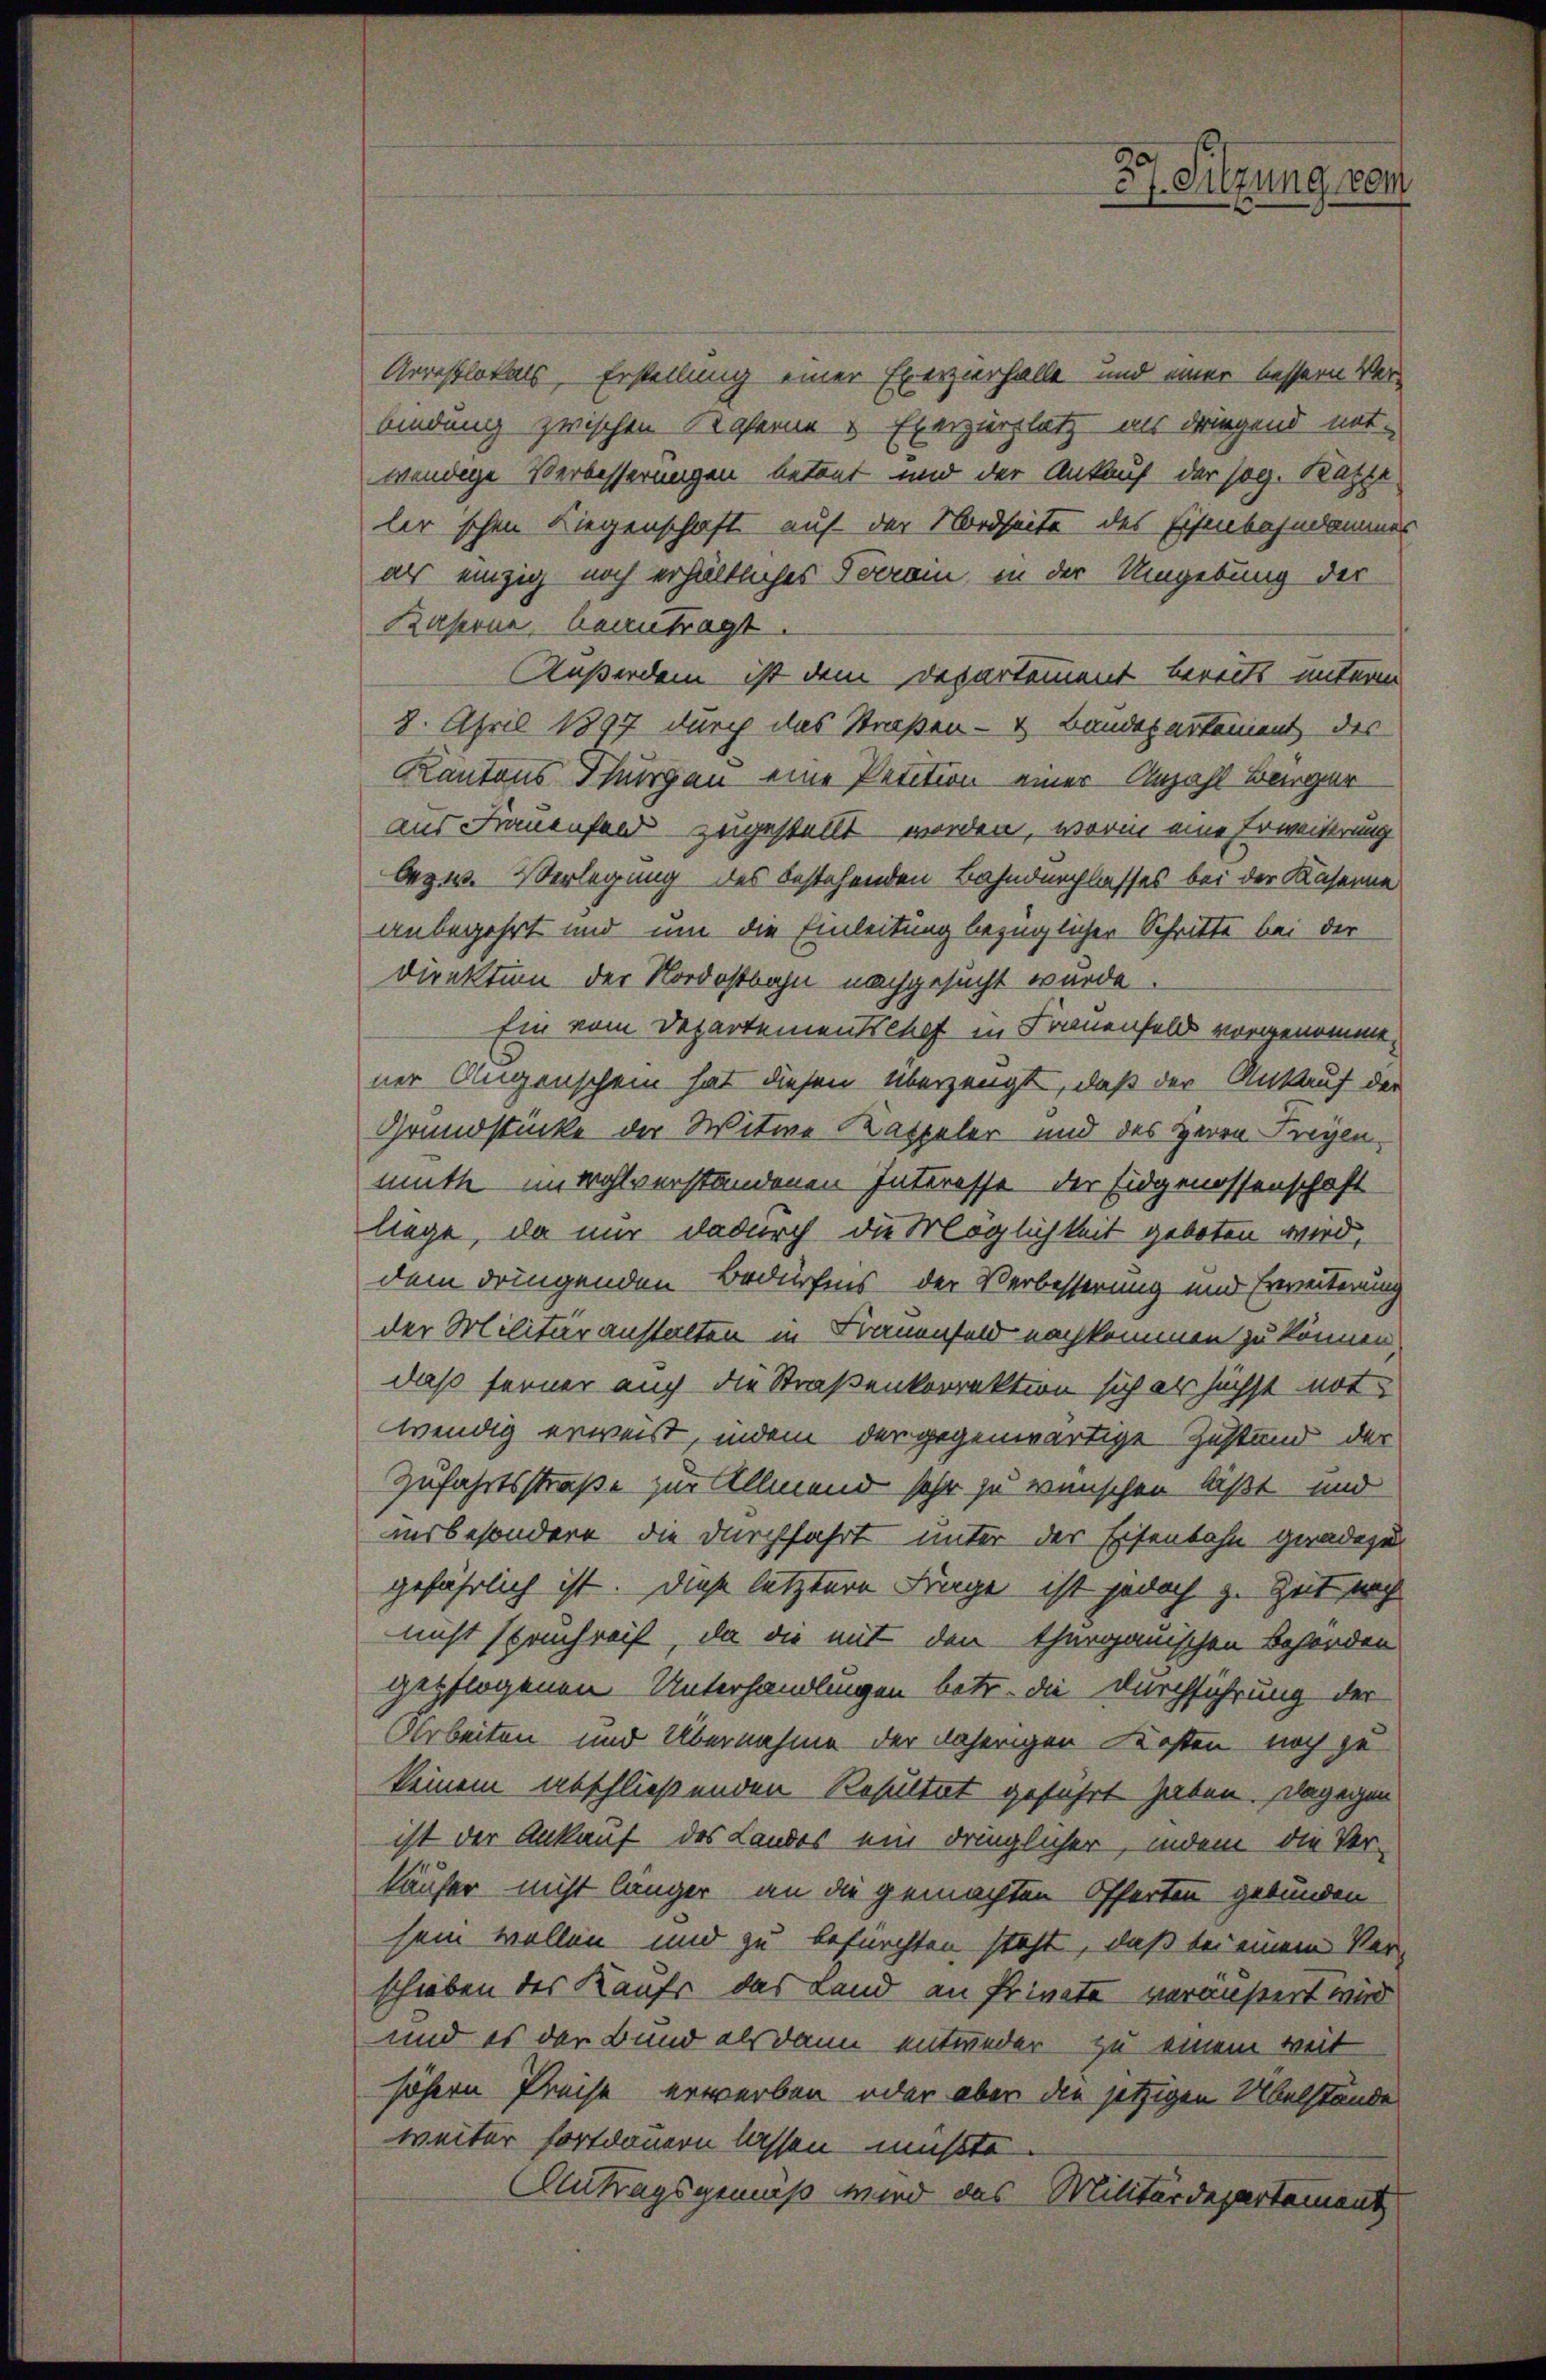
Arrestlokals Erstellung einer Exerzierhalle und einer bessern Verbindung zwischen Kaserne & Exerzirplatz als dringend not-
wendige Verbesserungen betont und der Ankauf der sog. Katze
lir schon Liegenschaft auf der Nordseite des Eisenbahndammer
als einzig noch erhältliches Terrain, in der Umgebung der
Kaserne beantragt.
Außerdem ist dem Departement bereits unterm
8. April 1897 durch das Straßen- & Bandesartement des
Kantons Thurgau eine Petition einer Anzahl Berger
aus Frauenfeld zugestellt werden, worin eine Erweiterung
bezw. Verlegung des bestehenden Bahndurchlasses bei der Kaserne
anbegehrt und um die Einleitung bezüglicher Schritte bei der
Direktion der Nordostbahn nachgesucht wurde.
Ein vom Departementschaft in Frauenfeld vorgenomme
ner Augenschein hat diesen Überzeugt, daß der Ankauf der
Grundstücke der Witwe Kappeler und des Herrn Freyen,
muth im wohlverstandenen Interesse der Eidgenossenschaft
liege, da nur dadurch die Möglichkeit geboten wird,
dem dringenden Bedürfnis der Verbesserung und Erweiterung
der Militäranstalten in Frauenfeld nachkommen zu können,
daß ferner auch die Straßenkorrektion sich als höchst not
wendig erweist, indem der gegenwärtige Zustand der
Zufahrtsstraße zur Allmend sehr zu wünschen läßt und
insbesondere die durchfahrt unter der Eisenbahn geradezu
gefährlich ist. Diese letztere Frage ist jedoch z. Zeit noch
nicht spruchreit, da die mit den thurgauischen Behörden
gepflogenen Unterhandlungen betr. die Durchführung der
Arbeiten und Übernahme der daherigen Kosten noch gekeinem abschließenden Resultat geführt haben. Dagegen
ist der Ankauf des Landes ein dringlicher, indem die Ver-
käufer nicht länger an die gemachten Offerten gebunden
sein wollen und zu befürchten steht, daß bei einem Ver-
schieben des Kaufs das Land an Private veräußert wird
und es der Bund als dann entweder zu einem weit
höhern Preise erwerben oder aber die jetzigen Übelstände
weiter fortdauern lassen mußte.
Antragsgemäß wird das Militärdepartement,

37. Sitzung vom